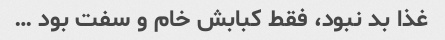
غذا بد نبود، فقط کبابش خام و سفت بود …